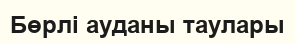
Бөрлі ауданы таулары